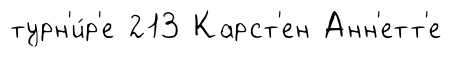
турн'и́р'е 213 Карст'ен Анн'етт'е